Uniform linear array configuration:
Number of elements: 12
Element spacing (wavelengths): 1
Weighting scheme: binomial
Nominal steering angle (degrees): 45
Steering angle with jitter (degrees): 43.042
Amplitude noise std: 0.05
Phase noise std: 0.05

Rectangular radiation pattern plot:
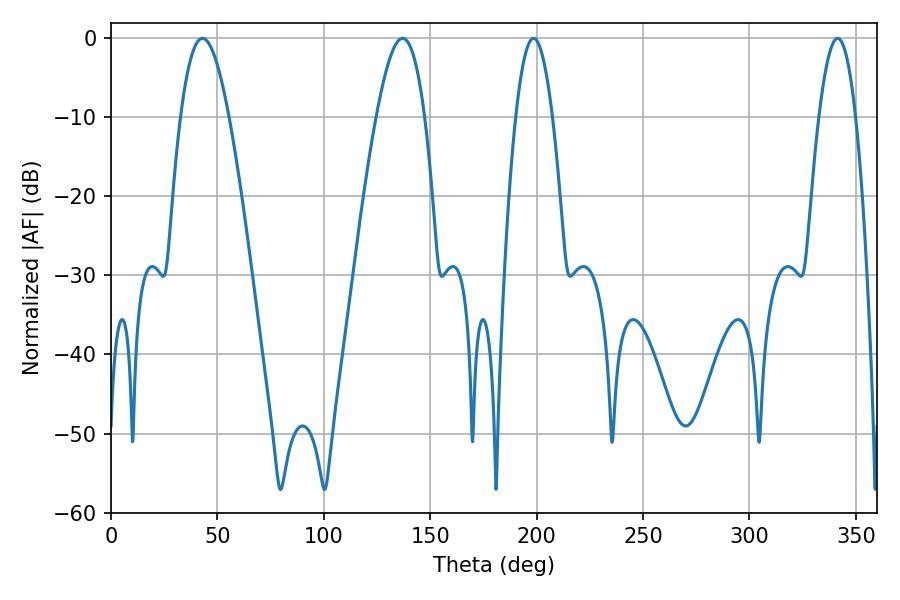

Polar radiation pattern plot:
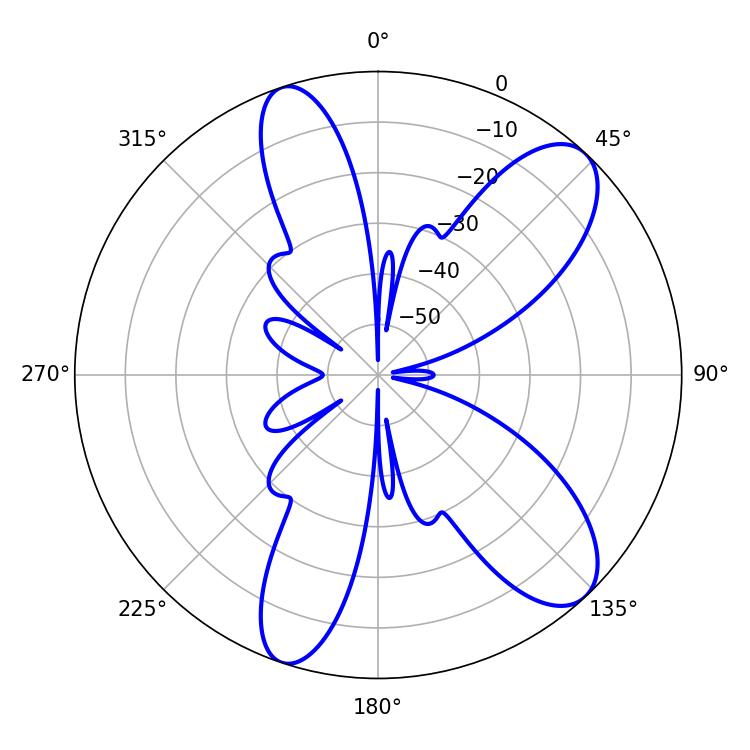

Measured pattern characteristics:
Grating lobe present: TRUE
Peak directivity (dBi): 9.868
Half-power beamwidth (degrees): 9.54
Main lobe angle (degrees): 198.54